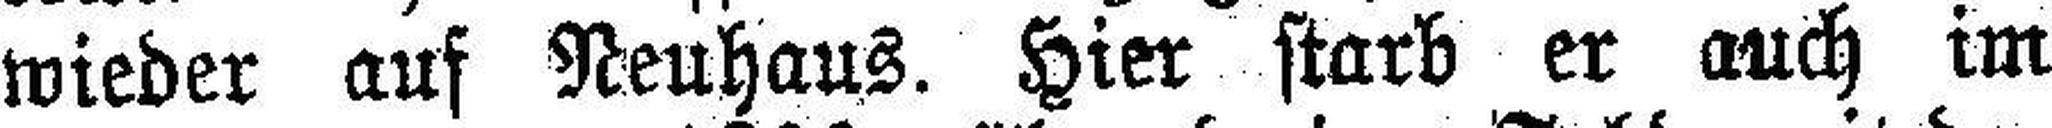
wieder auf Neuhaus. Hier starb er auch im